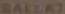
SALLAT